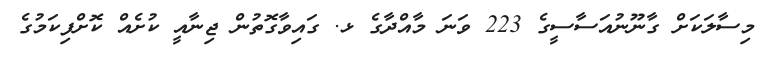
މިސާލަކަށް ގާނޫނުއަސާސީގެ 223 ވަނަ މާއްދާގެ ޅ. ގައިވާގޮތުން ޖިނާއީ ކުށެއް ކޮށްފިކަމުގެ